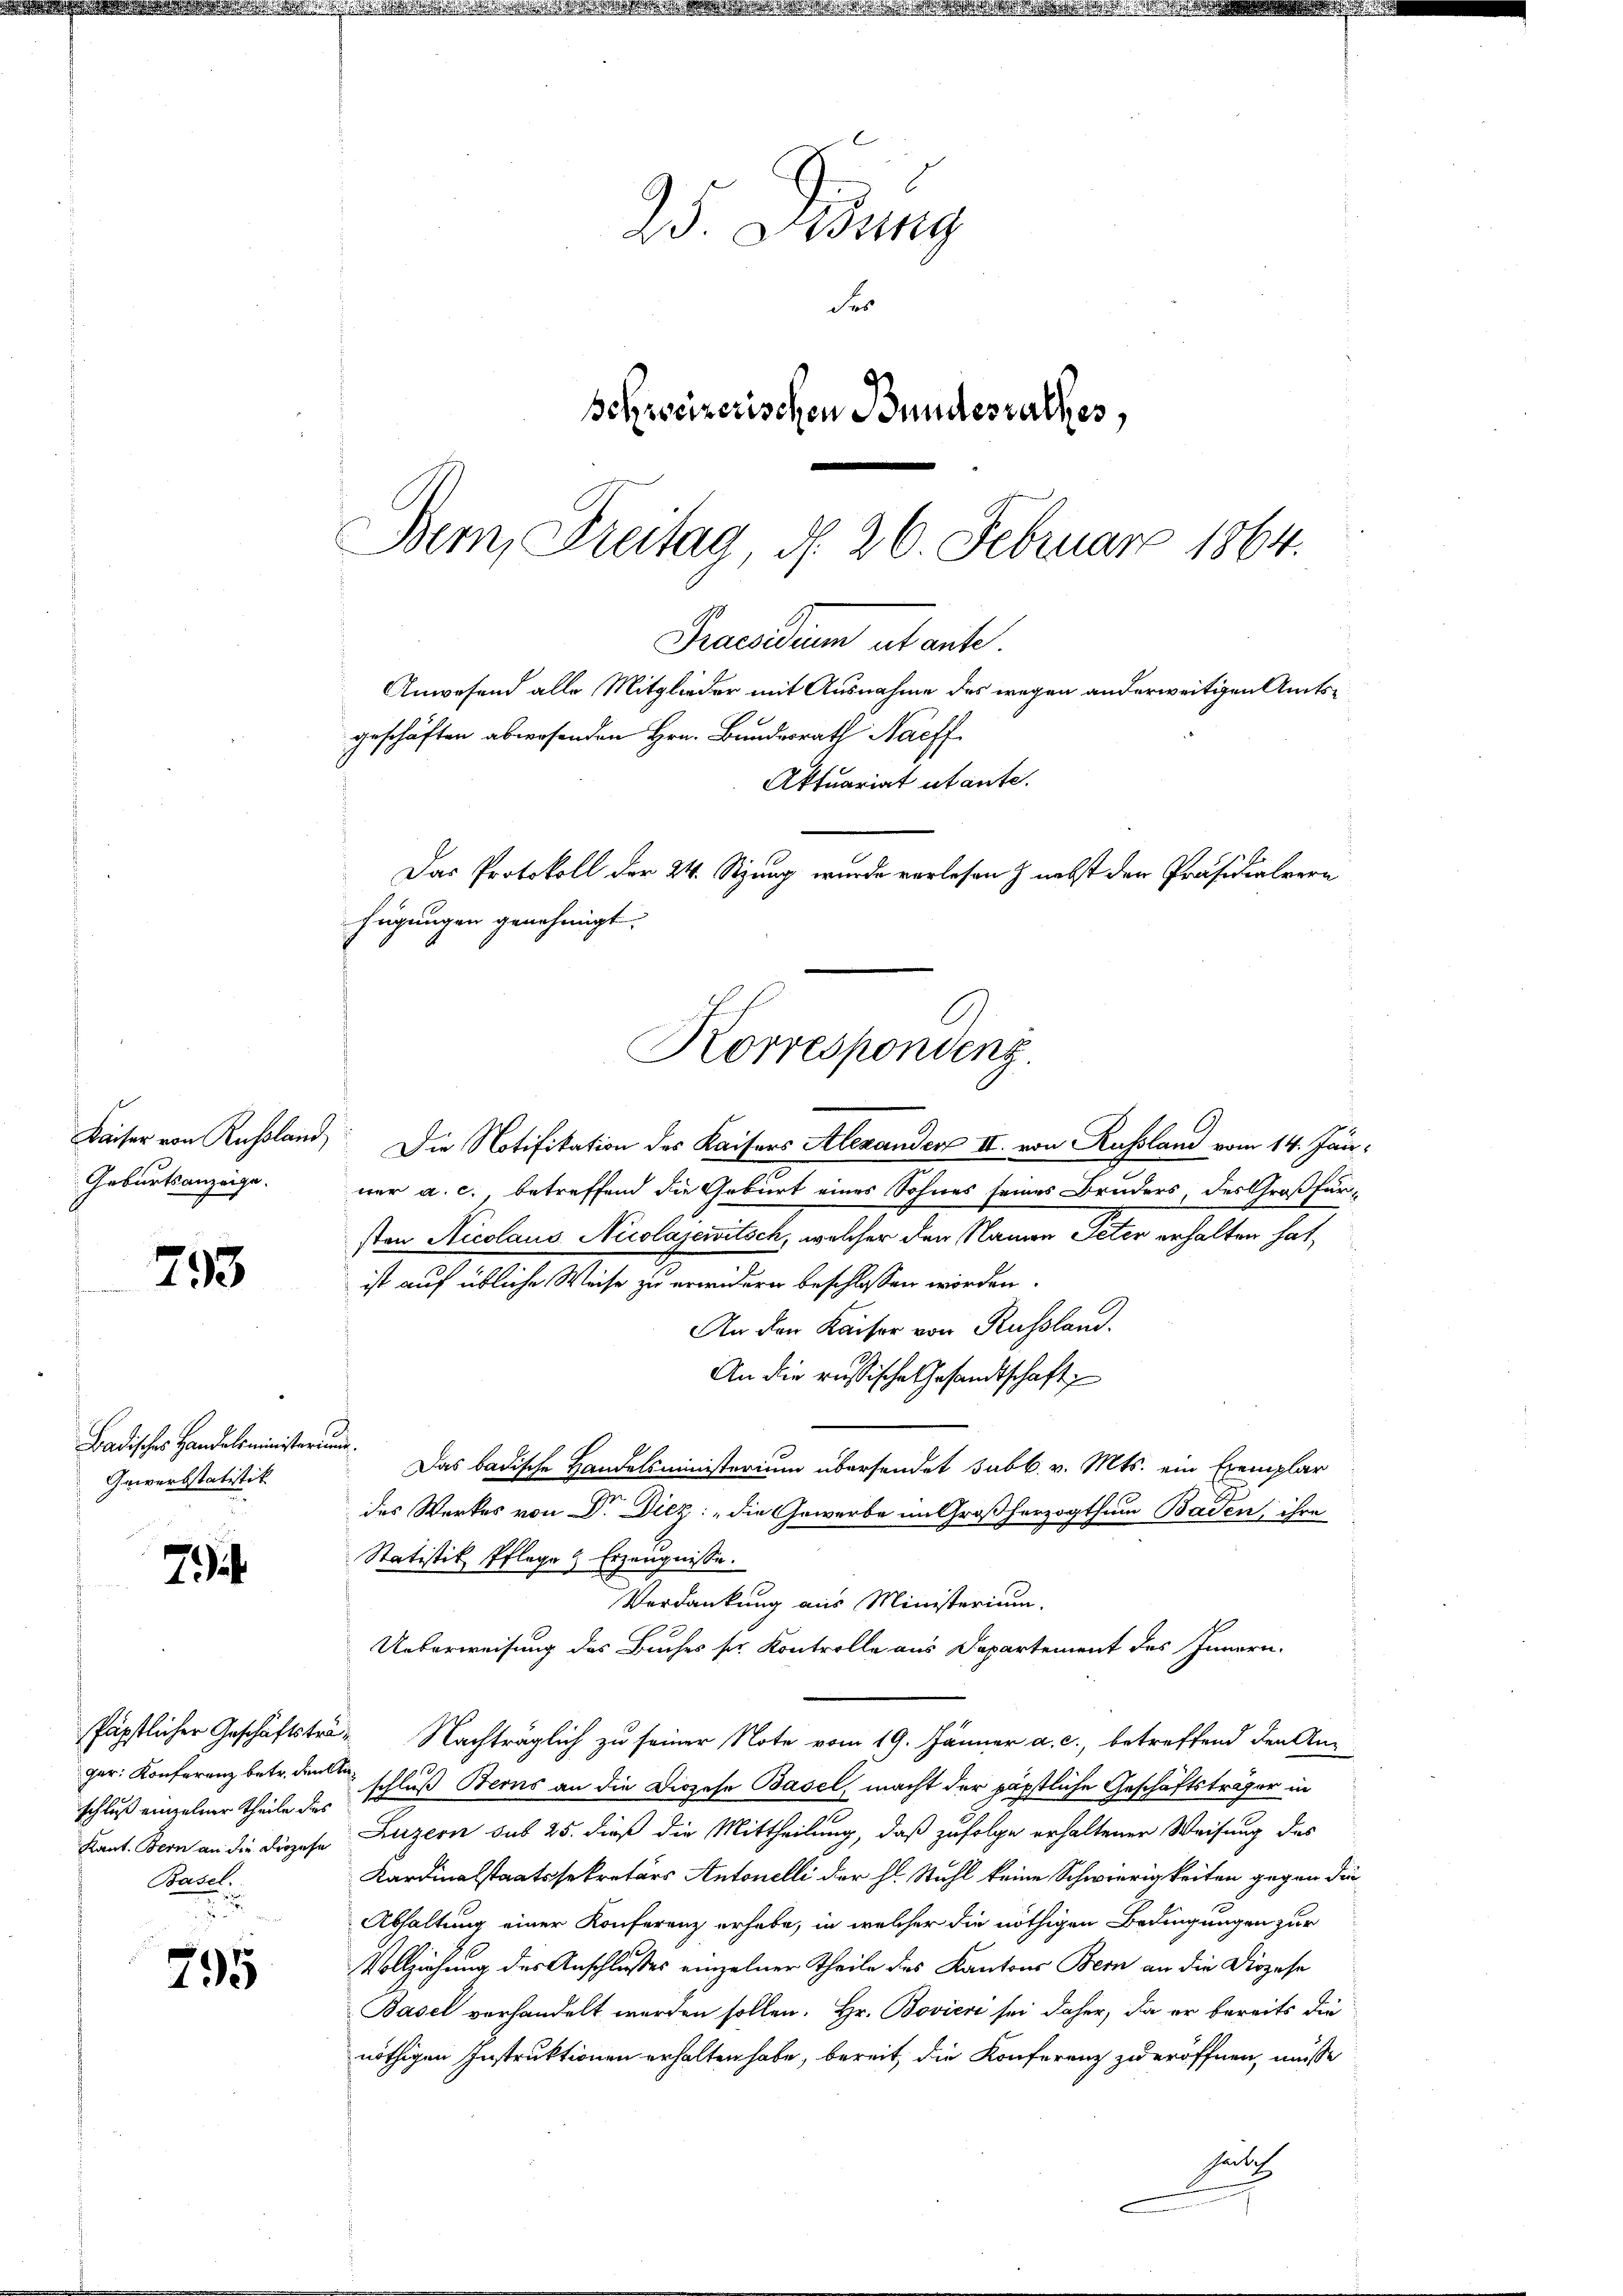
793

79

Badisches Handelsministerium.
Gewerbstatistik

ger: Konferenz betr. den Anschluß einzelner Theile des
Basel.
.

795

25. Sessing
Fe
Behweizerischen Bundesrathes,
Bem, Freitag, d. 26. Februar 1864.

Praesidium abante.
Anwesend alle Mitglieder mit Ausnahme des wegen anderweitigen Amtsgeschäften abwesenden Hrn. Bundesrath Nachf
Aktuariat utante.
Das Protokoll der 24. Sitzung wurde vorlesen & nebst der Präsidialvern
fügungen genehmigt.
Korrespondenz.

Kaiser von Russland. Die Notifikation des Kaisers Alexander III. von Russland vom 14. Jän¬
Geburtsanzeige. war a. c., betreffend die Gebiert eines Sohnes seines Bruders, des Großfür-
sten Nicolaus Nicolajewitsch, welcher den Namen Peter erhalten hat.
ist auf übliche Weise zu erwidern beschlossen worden.
An den Kaiser von Russland.
An die russische Gesandtschaft
Das badische Handelsministerium übersendet subb. v. Mts. ein Exemplar
des Werkes von Dr. Diez: „die Gewerbe im Großherzogthum Baden, ihre
Statistik Pflege & Erzeugnisse.
Verdankung aus Ministerium.
Ueberweisung des Buches sr. Kontrolle aus Departement des Innern.
päpstlicher Geschäftsträ- Nachträglich zu seiner Note vom 19. Jänner a. c., betreffend den An
schluß Berns an die Diözese Basel, macht der päpstliche Geschäftsträger in
Kant. Bern an die Diese Luzern sub 25. dieß die Mittheilung, daß zufolge erhaltener Weisung des
Kardinalstaatssekretärs Antonelli der hl. Stuhl keine Schwierigkeiten gegen die
Abhaltung einer Konferenz erhabe, in welcher die nöthigen Bedingungen zur
Vollziehung des Anschlußes einzelner Theile des Kantons Bern an die Diözese
Basel verhandelt werden sollen. Hr. Bovieri sei daher, da er bereits die
nöthigen Instruktionen erhalten habe, bereit, die Konferenz zu eröffnen, müsse
hält